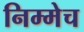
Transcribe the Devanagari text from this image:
निम्मेच